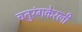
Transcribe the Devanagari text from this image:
चतुरंगकेरली